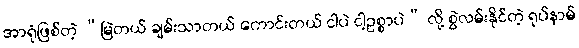
အာရုံဖြစ်တဲ့ “မြဲတယ် ချမ်းသာတယ် ကောင်းတယ် ငါပဲ ငါ့ဥစ္စာပဲ” လို့ စွဲလမ်းနိုင်တဲ့ ရုပ်နာမ်